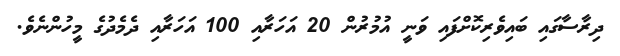
ދިރާސާގައި ބައިވެރިކޮށްފައި ވަނީ އުމުރުން 20 އަހަރާއި 100 އަހަރާއި ދެމެދުގެ މީހުންނެވެ.